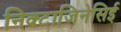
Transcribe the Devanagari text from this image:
निक्टाजिनेसिई